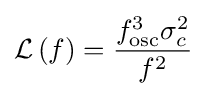
{\mathcal {L}}\left(f\right)={\frac {f_{\text{osc}}^{3}\sigma _{c}^{2}}{f^{2}}}